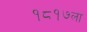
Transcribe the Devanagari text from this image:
१८१७ला